Lock hospitals Punjab
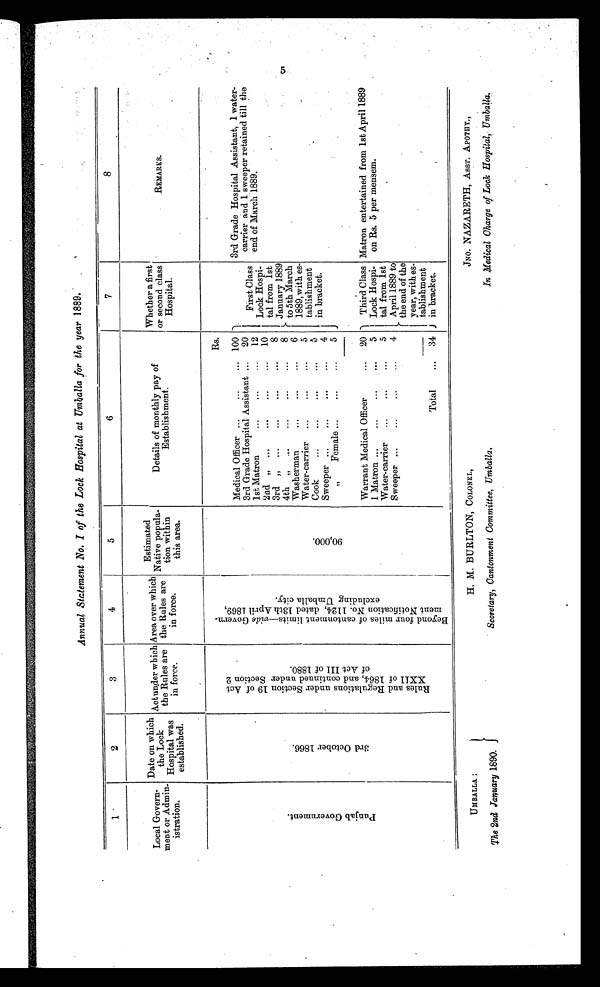
UM BALLA :
The 2nd January 1890.
H. M. BURLTON, COLONEL,
Secretary, Cantonment Committee, Umballa.
JNo. NAZARETH, ASST. APOTHY.,
In Medical Charge of Lock Hospital, Umballa.
Annual Statement No. I of the Lock Hospital at Umballa for the year 1889.
1
2
3
4
5
6
7
8
Local Govern-
ment or Admini-
s t r a t i o n .
Date on which
the Lock
Hospital was
established.
Act under which
the Rules are
in force.
Area over which
the Rules are
in force.
Estimated
Native popular-
tion within
this area.
Details of monthly pay of
Establishment.
Whether a first
or second class
Hospital.
REMARKS.
P u n j a b G o v e r n m e n t .
3 r d O c t o b e r 1 8 6 6 .
R u l e s a n d R e g u l a t i o n s u n d e r S e c t i o n 1 9 o f A c t X X I I o f 1 8 6 4 , a n d c o n t i n u e d u n d e r t h e S e c t i o n 2 o f A c t I I I o f 1 8 8 0 .
B e y o n d f o u r m i l e s o f c a n t o n m e n t l i m i t s —
v i d eG
o v e r n - m e n t N o t i f i c a t i o n N o . 1 1 2 4 , d a t e d 1 3 t h A p r i l 1 8 6 9 , e x c l u d i n g U m b a l l a c i t y .
9 0 , 0 0 0
Medical Officer ...
...
...
Rs.
100
First Class
Lock Hospi-
tal from 1st
January 1889
to 5th March
1889, with es-
tablishment
in bracket.
3rd Grade Hospital Assistant, 1 water-
carrier and 1 sweeper retained till the
end of March 1889.
3rd Grade Hospital Assistant ...
20
1st Matron
...
...
...
12
2nd " ...
...
...
...
10
3rd "
...
...
...
...
8
4th "
...... ...... ......
. . . . . .
8
W
Washerman
...
...
...
6
Water -carrier ...
...
-carrier
...
5
Cook
...... ...... .....
. . . . . .
5
Sweeper ...
...
...
...
4
"
Female ...
...
. . .
5
Warrant Medical Officer
...
20
Third Class
Lock Hospi-
tal from 1st
April 1889 to
r the end of the
year, with es-
tablishment
J in bracket.
Matron entertained from 1st April 1889
on Rs. 5 per mensem.
1 Matron ...
...
...
. . .
5
Water-carrier
...
...
...
5
Sweeper ...
...
...
4
Total
...
34